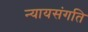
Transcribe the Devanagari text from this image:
न्यायसंगति